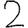
Digit: 2